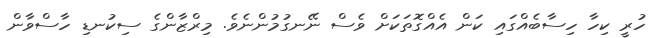
ހުރީ ކިހާ ހިސާބެއްގައި ކަން އެއްގޮތަކަށް ވެސް ނޭނގުމުންނެވެ. މިރްޒާންގެ ސިކުނޑި ހާސްވާން